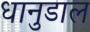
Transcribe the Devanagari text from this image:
धानुडाल